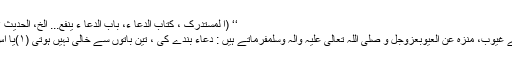
‘‘ (ا لمستدرک ، کتاب الدُعا ء، باب الدُعا ء ینفع... الخ، الحدیث ۱۸۵۶، ج ۲، ص ۱۶۲)
اللّٰہ کے محبوب ، دانائے غُیُوب، مُنَزَّہٌ عَنِ الْعُیُوبعَزَّوَجَلَّ و صَلَّی اللہ تَعَالٰی عَلَیْہِ وَاٰلِہٖ وَسَلَّمَفرماتے ہیں : دُعاء بندے کی ، تین باتوں سے خالی نہیں ہوتی (۱)یا اُس کا گُناہ بخشا جاتا ہے۔